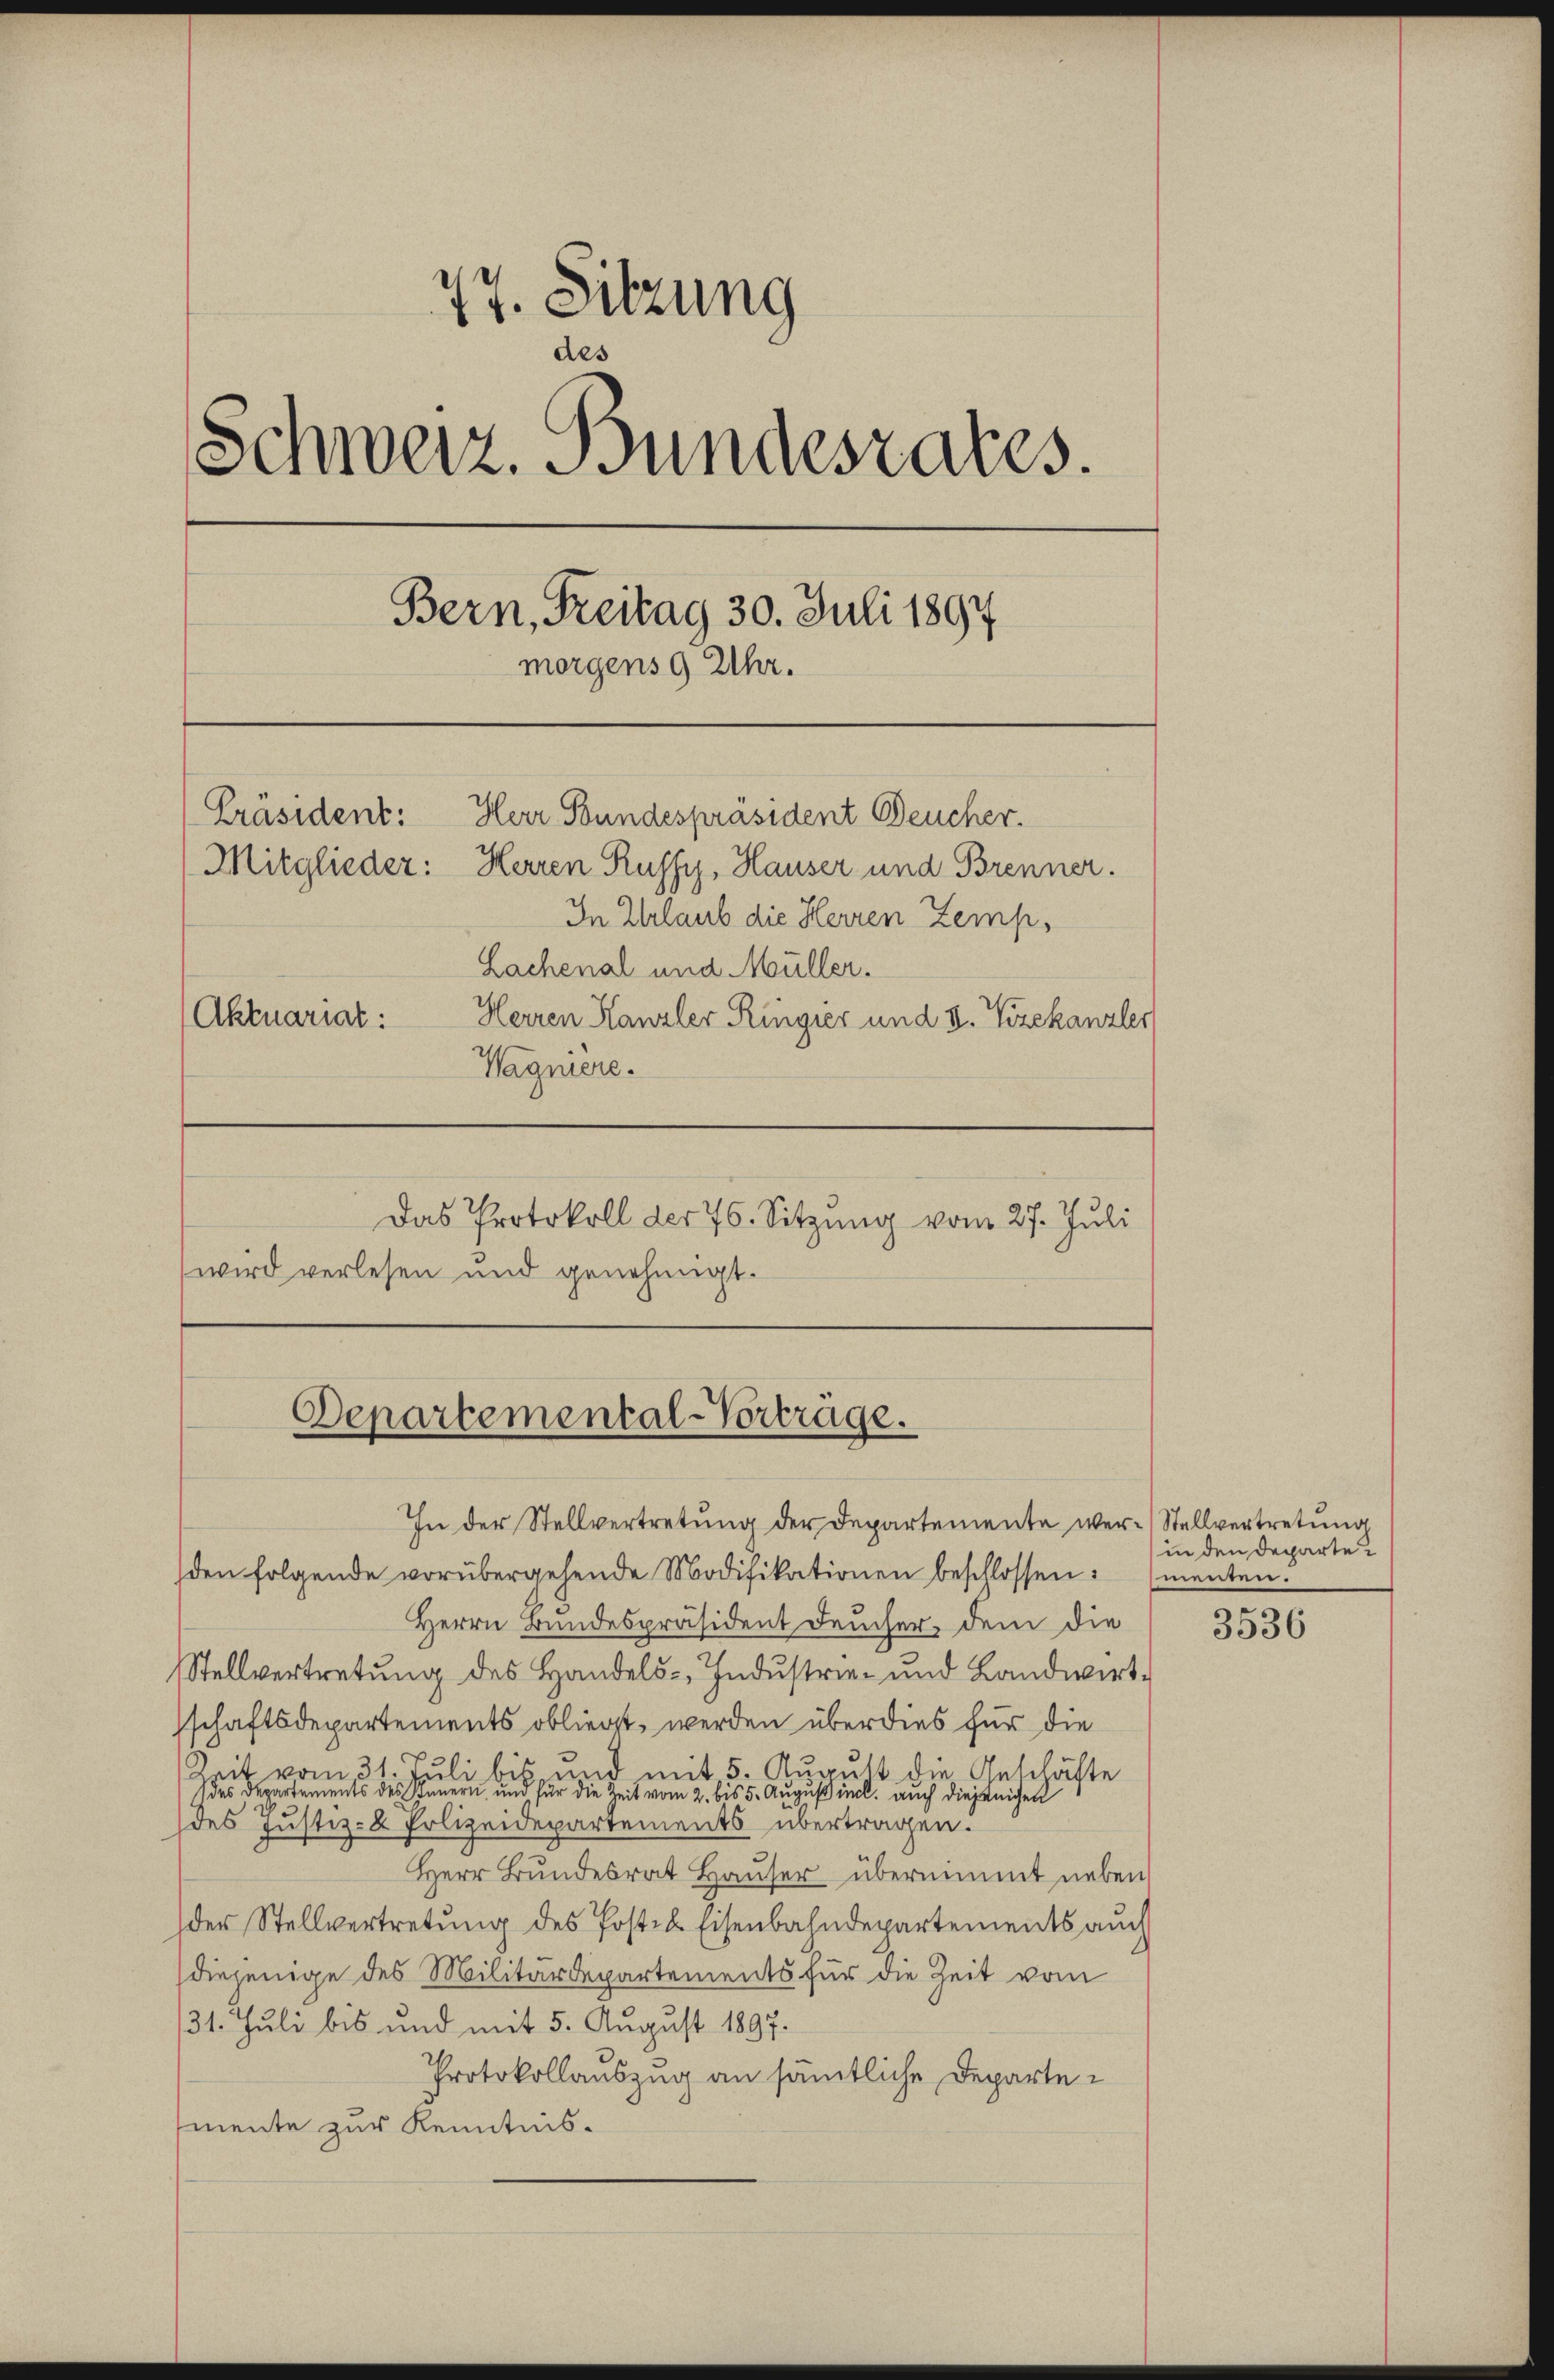
77. Sitzung
des
Schweiz. Bundesrates.
Bern, Freitag 30. Juli 1894
morgens 9 Uhr.
Präsident: Herr Bundespräsident Deucher.
Mitglieder: Herren Ruffy, Hauser und Brenner.
In Urlaub die Herren Zemp¬
Lachenal und Müller.
Aktuariat:
Herren Kanzler Ringier und 3. Vizekanzler
Wagniere.
Das Protokoll der 76. Sitzung vom 27. Juli
wird verlesen und genehmigt.

Departemental-Vortrage.
In der Stellvertretung der Departemente wer- Stellvertretung

den folgende vorübergehende Modifikationen beschlossen:
Herrn Bundespräsident Feucher, dem die
Stellvertretung des Handels-, Industrie- und Landwirtschaftsdepartements obliegt werden überdies für die
Zeit vom 31. Juli bis und mit 5. August die Geschäfte
(des Departements des Innern und für die Zeit vom 2. bis 5. August incl. auch diejenigen
des Justiz- & Polizeidepartements übertragen.
Herr Bŭndesrat Haŭser übernimmt neben
der Stellvertretung des Posten Eisenbahndepartements auch
diejenige des Militärdepartements für die Zeit vom
31. Juli bis und mit 5. August 1897.
Protokollauszug an sämtliche Departemente zur Kenntnis.

in den Departementen.

3536